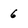
Character: 6